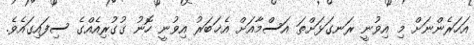
އަހަރެންނަށް މި އިވުނީ ރަނގަޅަށްތަ އަސްމާއަށް އެޚަބަރު އިވުނީ ހޮނު ގުގުރިއެއްގެ ސިފައިގައެވެ.